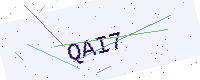
Text: QAI7